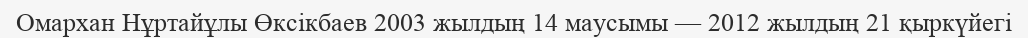
Омархан Нұртайұлы Өксікбаев 2003 жылдың 14 маусымы — 2012 жылдың 21 қыркүйегі